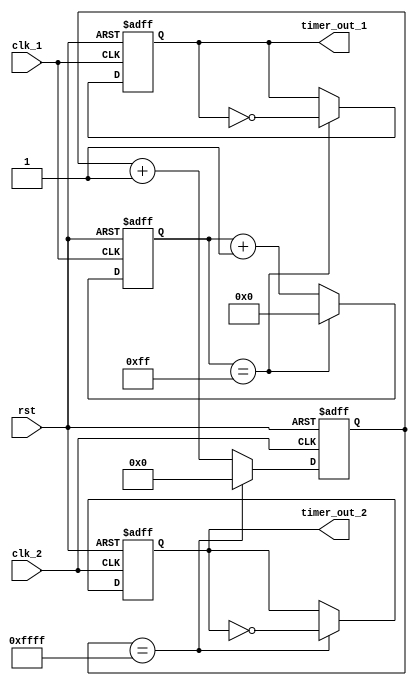
module Multirate_timer (
  input wire clk_1, // Clock signal for timer block 1
  input wire clk_2, // Clock signal for timer block 2
  input wire rst,   // Reset signal for all timer blocks
  output reg timer_out_1, // Output signal for timer block 1
  output reg timer_out_2  // Output signal for timer block 2
);

reg [7:0] count_1; // Counter for timer block 1
reg [15:0] count_2; // Counter for timer block 2

always @(posedge clk_1 or posedge rst) begin
  if (rst) begin
    count_1 <= 8'b0;
    timer_out_1 <= 1'b0;
  end else begin
    if (count_1 == 8'hFF) begin
      count_1 <= 8'b0;
      timer_out_1 <= ~timer_out_1;
    end else begin
      count_1 <= count_1 + 1;
    end
  end
end

always @(posedge clk_2 or posedge rst) begin
  if (rst) begin
    count_2 <= 16'b0;
    timer_out_2 <= 1'b0;
  end else begin
    if (count_2 == 16'hFFFF) begin
      count_2 <= 16'b0;
      timer_out_2 <= ~timer_out_2;
    end else begin
      count_2 <= count_2 + 1;
    end
  end
end

endmodule